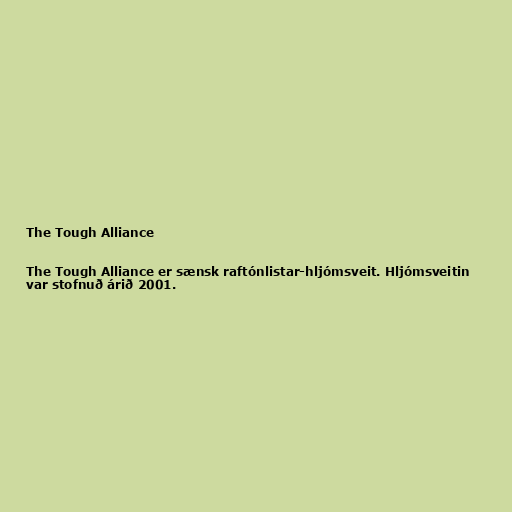
The Tough Alliance

The Tough Alliance er sænsk raftónlistar-hljómsveit. Hljómsveitin
var stofnuð árið 2001.